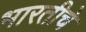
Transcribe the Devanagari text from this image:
भारतीचे